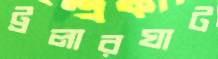
ট্রলারঘাট